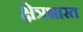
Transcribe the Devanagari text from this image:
क्षेत्रभारत